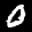
Label: 0